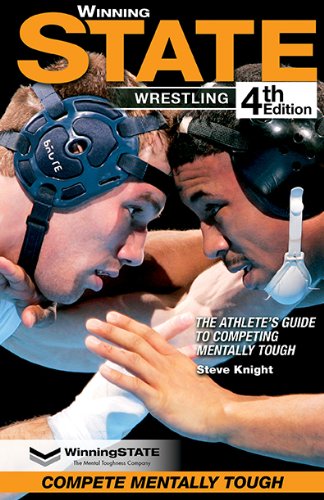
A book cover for WinningSTATE-Wrestling: The Athlete's Guide to Competing Mentally Tough (4th Edition); Steve Knight; Sports & Outdoors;